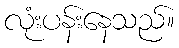
လုံးပန်းနေသည်။